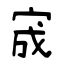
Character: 宬